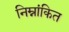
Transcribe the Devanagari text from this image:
निम्नांकित